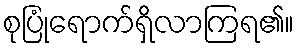
စုပြုံရောက်ရှိလာကြရ၏။